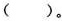
()。